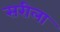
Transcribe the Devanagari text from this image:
सरीला